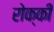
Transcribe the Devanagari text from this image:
रोक्की